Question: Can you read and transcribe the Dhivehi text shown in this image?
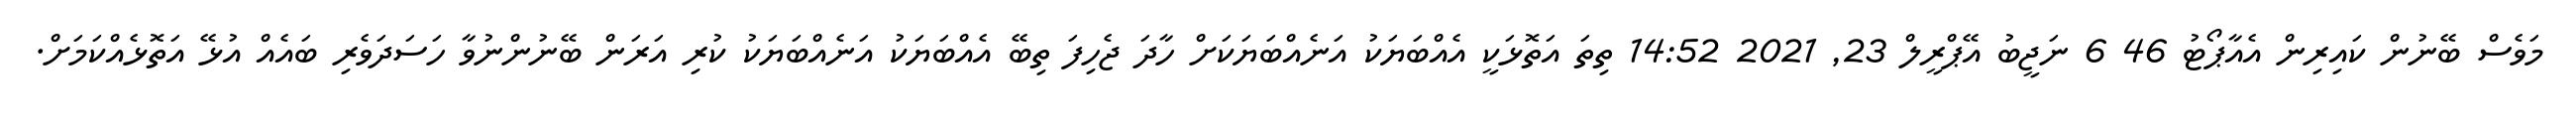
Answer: މަވެސް ބޭނުން ކައިރިން އެއާޕޯޓު 46 6 ނަޖީބު އޭޕްރީލް 23, 2021 14:52 ތިތަ އަތޮޅަކީ އެއްބަޔަކު އަނެއްބަޔަކަށް ހާދަ ޖެހިފަ ތިބޭ އެއްބަޔަކު އަނެއްބަޔަކު ކުރި އަރަން ބޭނުންނުވާ ހަސަދަވެރި ބައެއް އުޅޭ އަތޮޅެއްކަމަށް.